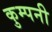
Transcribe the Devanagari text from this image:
कुम्पनी